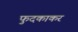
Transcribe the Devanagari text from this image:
फुदकाकर